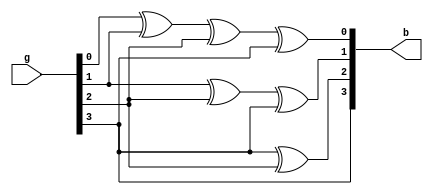
module gtob_4bit(g,b);
input [3:0] g;
output [3:0] b;
assign b[0] = g[0] ^ g[1] ^ g[2] ^ g[3];
assign b[1] = g[1] ^ g[2] ^ g[3];
assign b[2] = g[3] ^ g[2];
assign b[3] = g[3];
endmodule
/////////////////////////////////////////////////////////////////////////////////
///////// TEST BENCH ///////////////////////////////////////////////////////////
module gtob_4bit_tb();
reg [3:0] g;
wire [3:0] b;
gtob_4bit b1(g,b);
initial
	begin
	for (g=0;g<16;g=g+1)
		begin
			$display("The Binary Number equivalent for Gray Code %b is %b",g,b);
		#5;
		end
	end
initial
begin
#95 $stop;
end
endmodule